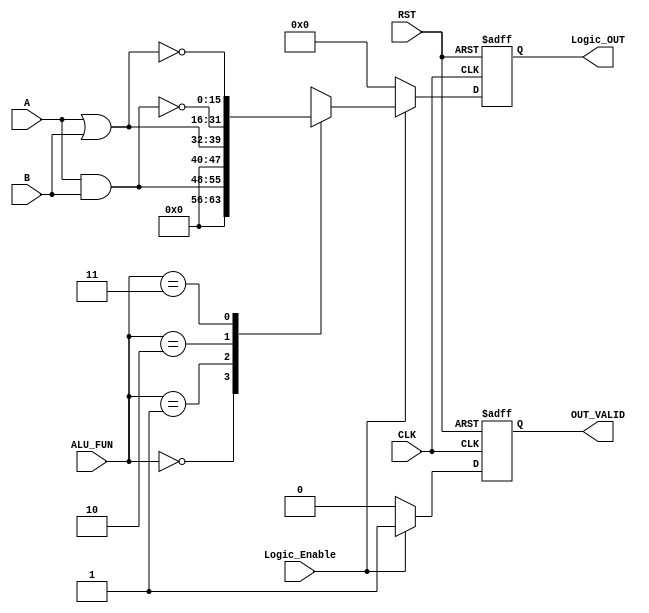
module Logic_unit #(parameter 	A_WIDTH = 8	, B_WIDTH = 8 , OUT_WIDTH = 16, ALU_FUN_WIDTH = 2)									
 (																
	input  wire [A_WIDTH-1:0] 			A									,
	input  wire [B_WIDTH-1:0] 			B									,
	input  wire [ALU_FUN_WIDTH-1:0] 	ALU_FUN								,
	input  wire 						Logic_Enable						,
	input  wire 		  				CLK									,
	input  wire							RST									,
		
	output reg  [OUT_WIDTH-1:0] 		Logic_OUT							,
	output reg							OUT_VALID					
 );	
	
	
	reg 		[OUT_WIDTH-1:0] 		Logic_Result						;
	reg									VALID								;
	
/********************************************************************************************/
/********************************************************************************************/
	
	always@(posedge CLK or negedge RST)	
		begin	

			if(!RST)
				begin

					Logic_OUT <= 'b0										;
					OUT_VALID <= 'b0										;
				
				end
			else
				begin
				
					Logic_OUT <= Logic_Result								;
					OUT_VALID <= VALID										;
				
				end
		end	

/********************************************************************************************/
/********************************************************************************************/	
	
	always@(*)	
		begin	

			VALID = 1'b0													;

			if (Logic_Enable)		
				begin		
						
					case (ALU_FUN)	
						'b00: 	 Logic_Result = 	A & B					;
						'b01: 	 Logic_Result = 	A | B					;
						'b10: 	 Logic_Result =   ~(A & B)					;
						'b11:	 Logic_Result =   ~(A | B)					;
						default: Logic_Result =   'd0						;
					endcase
					
					VALID = 'b1												;

				end
			else
				begin

					Logic_Result = 'b0										;
					VALID = 'b0												;
				
				end
		end


endmodule